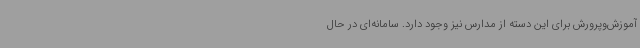
آموزش‌وپرورش برای این دسته از مدارس نیز وجود دارد. سامانه‌ای در حال